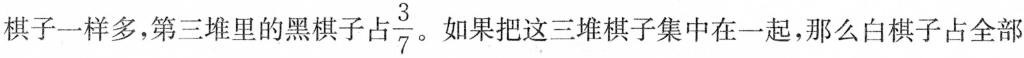
棋子一样多，第三堆里的黑棋子占\frac{3}{7}。如果把这三堆棋子集中在一起，那么白棋子占全部